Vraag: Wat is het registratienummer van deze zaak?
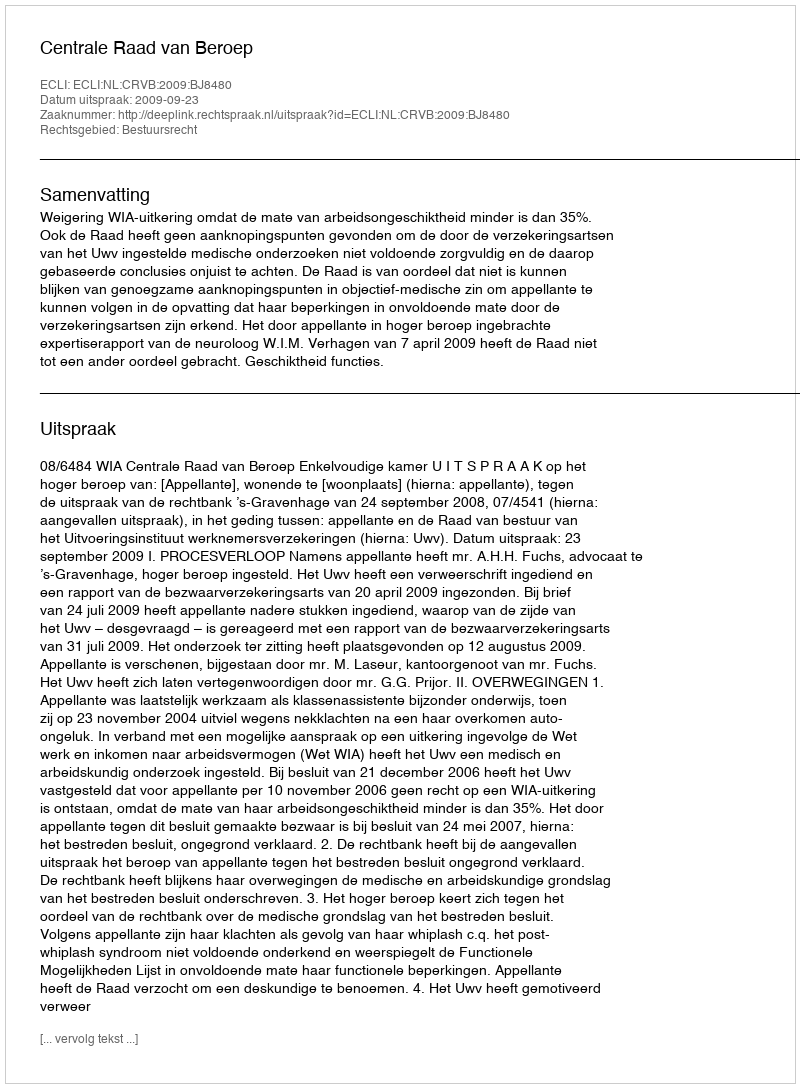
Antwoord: http://deeplink.rechtspraak.nl/uitspraak?id=ECLI:NL:CRVB:2009:BJ8480